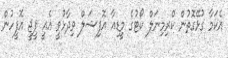
އެކަމާ ގުޅޭގޮތުން ކްރިމިނަލް ކޯޓުގެ މީޑިއާ އޮފިޝަލް ވިދާޅުވީ އެއީ ޕީޖީ އޮފީހުން